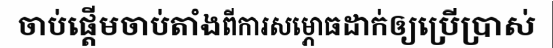
ចាប់ផ្តើមចាប់តាំងពីការសម្ភោធដាក់ឲ្យប្រើប្រាស់